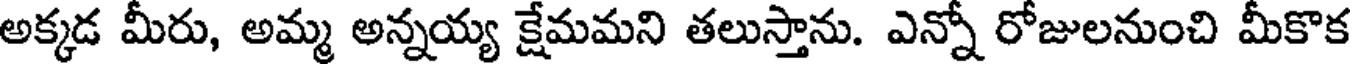
అక్కడ మీరు, అమ్మ అన్నయ్య క్షేమమని తలుస్తాను. ఎన్నో రోజులనుంచి మీకొక